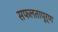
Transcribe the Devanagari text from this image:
सफलतापूर्ण